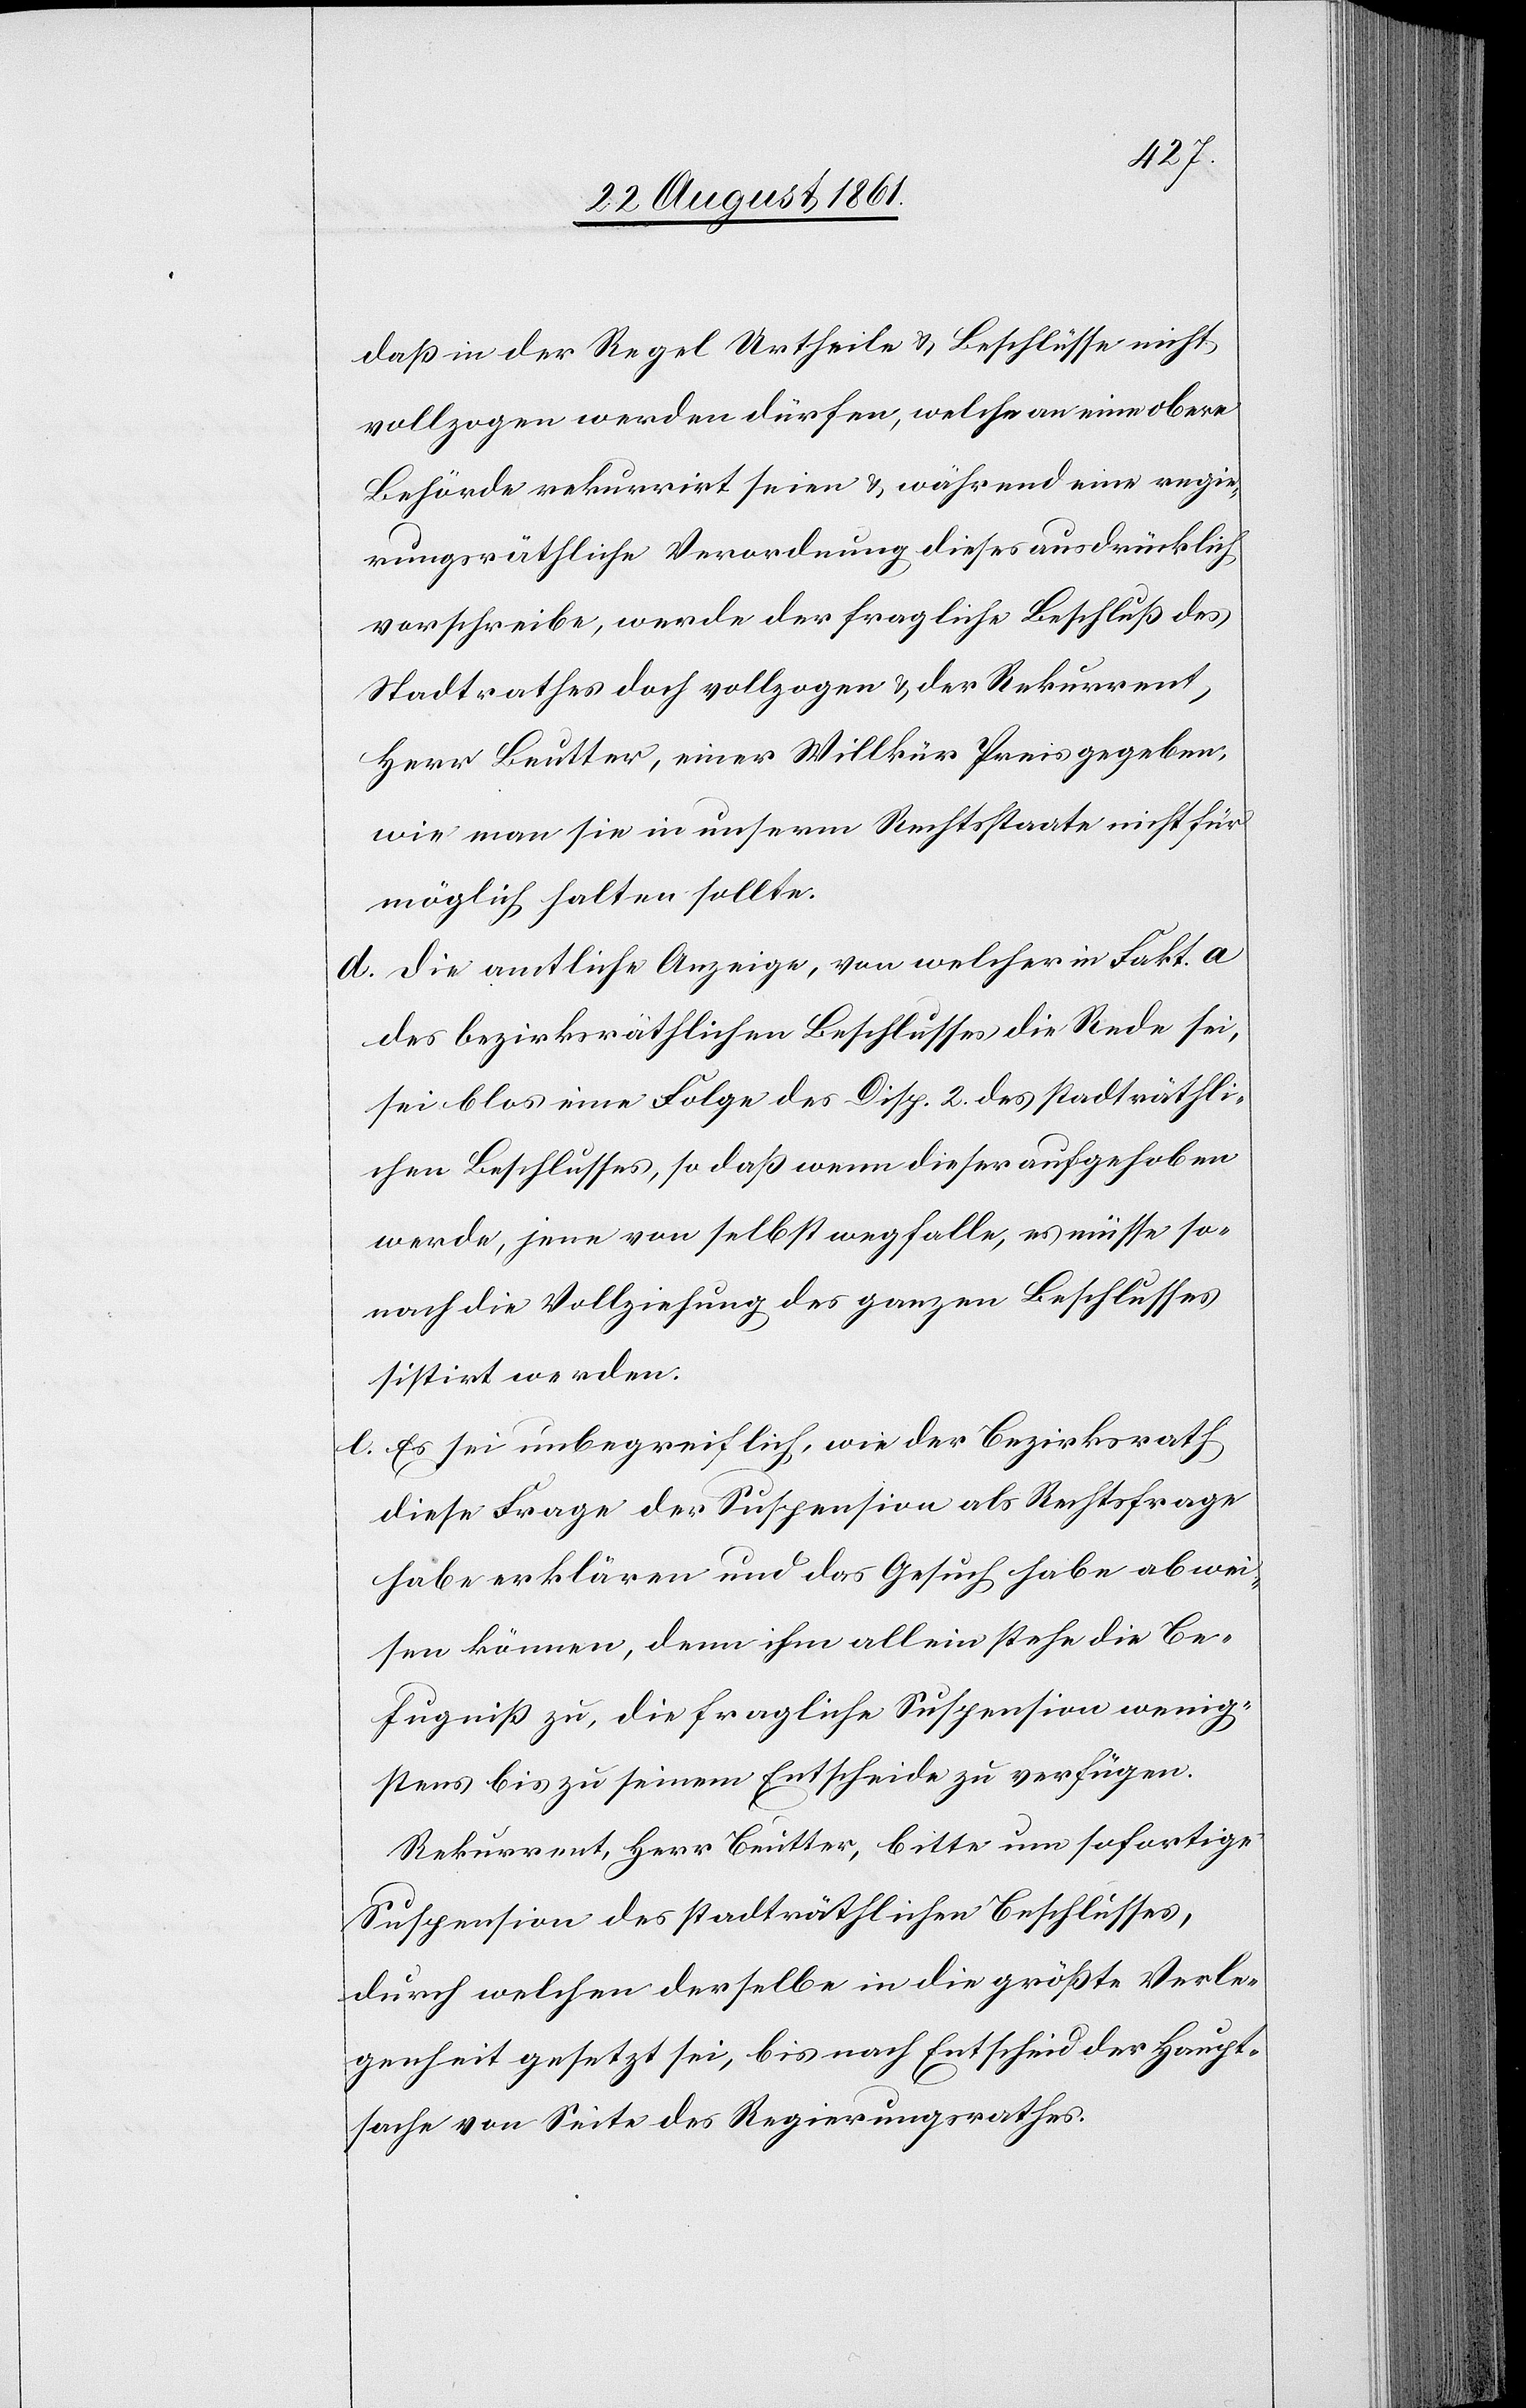
daß in der Regel Urtheile u. Beschlüsse nicht
vollzogen werden dürfen, welche an eine obere
Behörde rekurrirt seien u. während eine regie¬
rungsräthliche Verordnung dieses ausdrücklich
vorschreibe, werde der fragliche Beschluß des
Stadtrathes doch vollzogen u. der Rekurrent,
Herr Beutter, einer Willkür Preis gegeben,
wie man sie in unserm Rechtsstaate nicht für
möglich halten sollte.
d. die amtliche Anzeige, von welcher Fakt. A
des bezirksräthlichen Beschlusses die Rede sei,
sei blos eine Folge des Disp. 2 des stadträthli¬
chen Beschlusses, so daß wenn dieser aufgehoben
werde, jene von selbst wegfalle, es müsse so
nach die Vollziehung des ganzen Beschlusses
sistirt werden.
e. Es sei unbegreiflich, wie der Bezirksrath
diese Frage der Suspension als Rechtsfrage
habe erklären und das Gesuch habe abwei¬
sen können, denn ihm allein stehe die Be¬
fugniß zu, die fragliche Suspension wenig¬
stens bis zu seinem Entscheide zu verfügen.
Rekurrent, Herr Beutter, bitte um sofortige
Suspension des stadträthlichen Beschlusses,
durch welchen derselbe in die größte Verle¬
genheit gesetzt sei, bis nach Entscheid der Haupt¬
sache von Seite des Regierungsrathes.